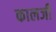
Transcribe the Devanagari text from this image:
कालजी